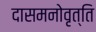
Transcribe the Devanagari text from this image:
दासमनोवृत्ति